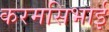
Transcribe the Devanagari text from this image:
करमसिभाई